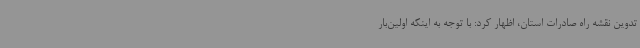
تدوین نقشه راه صادرات استان، اظهار کرد: با توجه به اینکه اولین‌بار